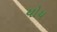
યોય